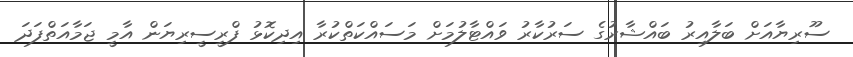
ސޫރިޔާއަށް ބަލާއިރު ބައްޝާރުގެ ސަރުކާރު ވައްޓާލުމަށް މަސައްކަތްކުރާ އިދިކޮޅު ފްރީސީރިޔަން އާމީ ޖަމާއަތްފަދަ